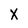
Character: X